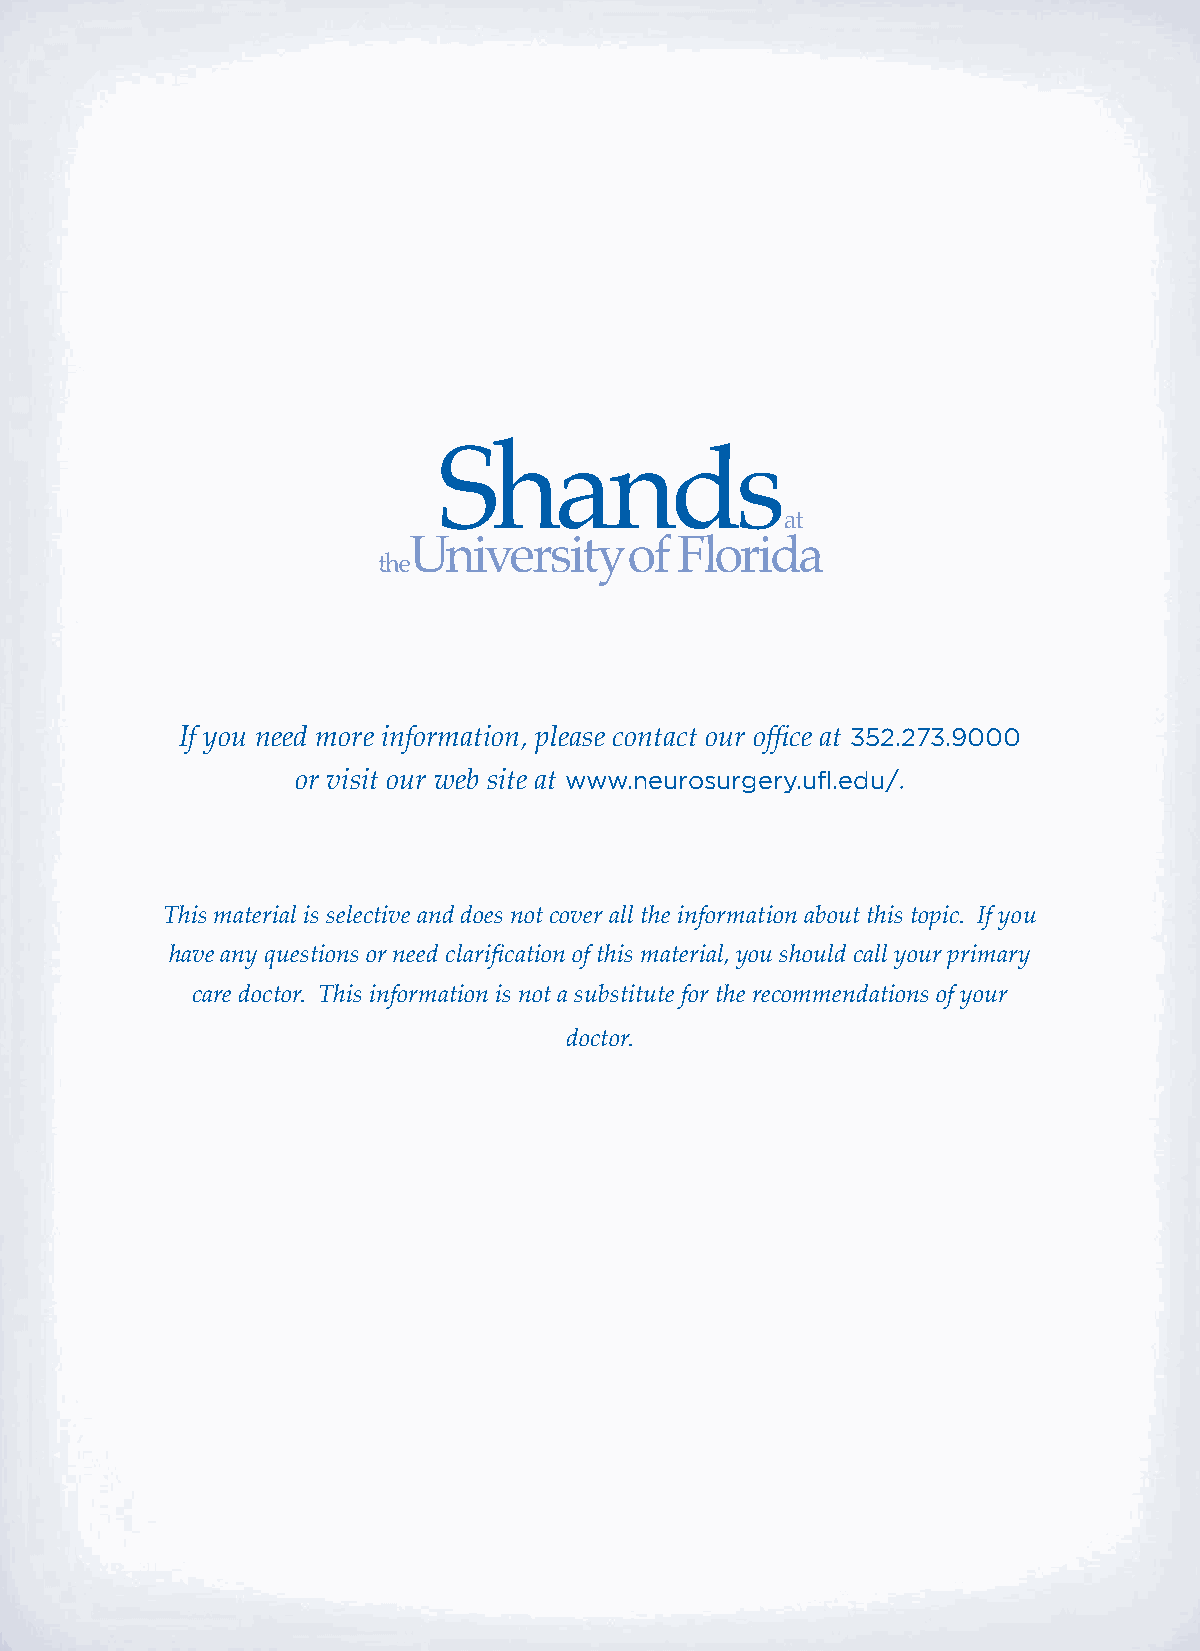
If you need more information, please contact our offi ce at 352.273.9000
 or visit our web site at www.neurosurgery.ufl.edu/.
 This material is selective and does not cover all the information about this topic. If you
 have any questions or need clarifi cation of this material, you should call your primary
 care doctor. This information is not a substitute for the recommendations of your
 doctor.